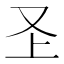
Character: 𭆦